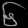
Digit: ၆